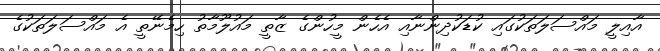
އާއިލީ މައްސަލަތަކުގައި ކުޑަކުދިންނާއި އެހެން މީހުންގެ ޒާތީ މައުލޫމާތު ހިމެނޭތީ އެ މައްސަލަތަކުގެ